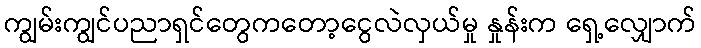
ကျွမ်းကျွင်ပညာရှင်တွေကတော့ငွေလဲလှယ်မှု နှုန်းက ရှေ့လျှောက်